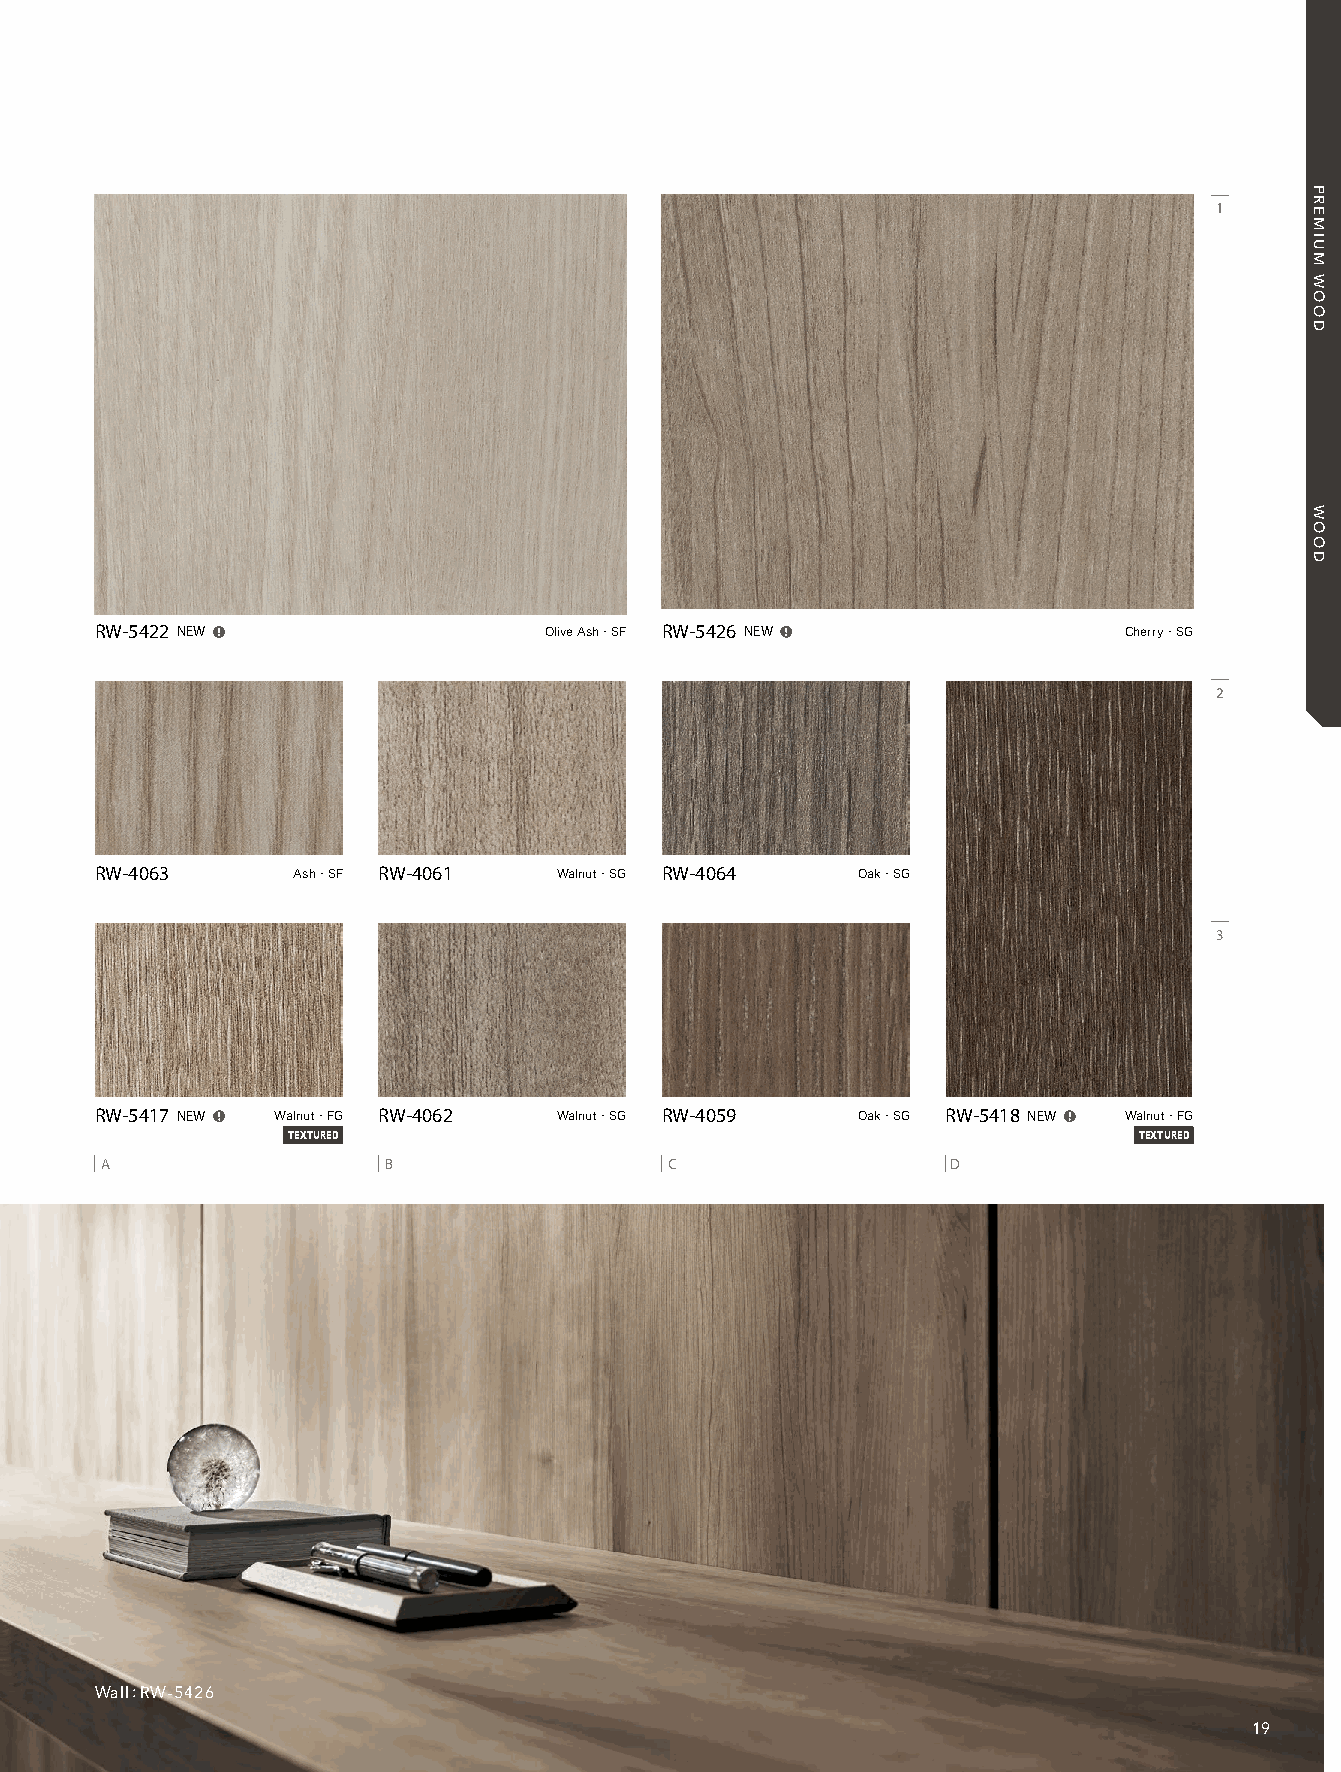
21_REATEC_vol11_P19-C1_KOROSEAL 21/11/19out 🅲🅼🆈🅺
 1
 RW-5422 NEW                  Olive Ash・SF RW-5426 NEW             Cherry・SG
 2
 RW-4063     Ash・SF RW-4061   Walnut・SG RW-4064  Oak・SG
 3
 RW-5417 NEW  Walnut・FG RW-4062  Walnut・SG RW-4059  Oak・SG RW-5418 NEW  Walnut・FG
 TEXTURED                                                TEXTURED
 A                 B                  C                  D
 Wall:RW-5426
 19
 PREMIUM
 WOOD
 WOOD